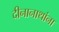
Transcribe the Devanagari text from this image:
दीनानाथांना